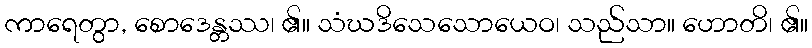
ကာရေတွာ, စောဒေန္တဿ၊ ၏။ သံဃဒိသေသောယေဝ၊ သည်သာ။ ဟောတိ၊ ၏။